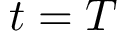
t = T